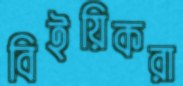
বিইয়িকরা